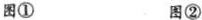
图① 图②